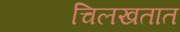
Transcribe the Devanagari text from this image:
चिलखतात